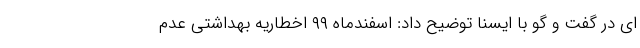
ای در گفت و گو با ایسنا توضیح داد: اسفندماه ۹۹ اخطاریه بهداشتی عدم